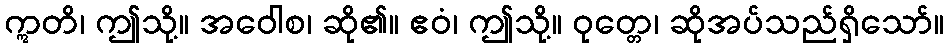
ဣတိ၊ ဤသို့။ အဝေါစ၊ ဆို၏။ ဧဝံ၊ ဤသို့။ ဝုတ္တေ၊ ဆိုအပ်သည်ရှိသော်။